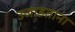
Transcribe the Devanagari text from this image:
उजाडताना